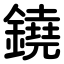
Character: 鐃